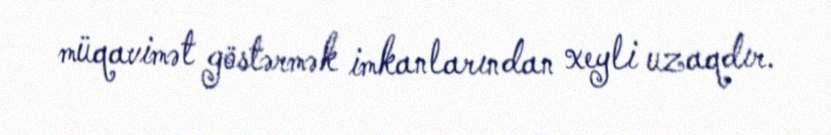
müqavimət göstərmək imkanlarından xeyli uzaqdır.